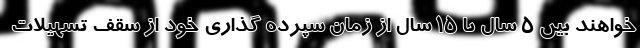
‌خواهند بین ۵ سال تا ۱۵ سال از زمان سپرده گذاری خود از سقف تسهیلات